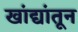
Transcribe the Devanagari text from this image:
खांद्यांतून